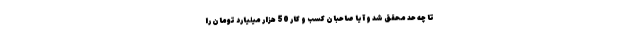
تا چه حد محقق شد و آیا صاحبان کسب و کار 50 هزار میلیارد تومان را